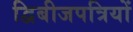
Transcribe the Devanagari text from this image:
द्विबीजपत्रियों